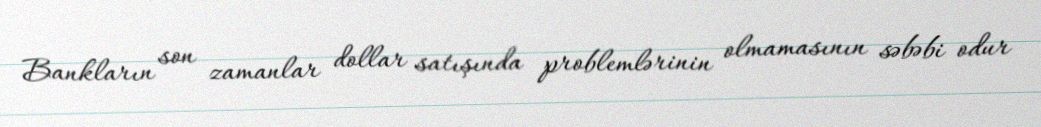
Bankların son zamanlar dollar satışında problemlərinin olmamasının səbəbi odur